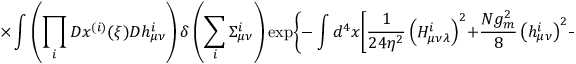
\times \int \left( \prod _ { i } ^ { } { \cal D } x ^ { ( i ) } ( \xi ) { \cal D } h _ { \mu \nu } ^ { i } \right) \delta \left( \sum _ { i } ^ { } \Sigma _ { \mu \nu } ^ { i } \right) \exp \Biggl \{ - \int d ^ { 4 } x \Biggl [ \frac { 1 } { 2 4 \eta ^ { 2 } } \left( H _ { \mu \nu \lambda } ^ { i } \right) ^ { 2 } + \frac { N g _ { m } ^ { 2 } } { 8 } \left( h _ { \mu \nu } ^ { i } \right) ^ { 2 } - i \pi h _ { \mu \nu } ^ { i } \Sigma _ { \mu \nu } ^ { i { \, } ( \alpha ) } \Biggr ] \Biggr \} .